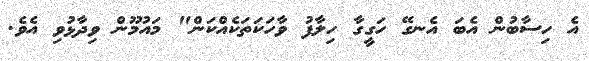
އެ ހިސާބުން އެބަ އެނގޭ ހަގީގާ ހިލާފު ވާހަކަތަކެއްކަން" މައުމޫން ވިދާޅުވި އެވެ.